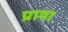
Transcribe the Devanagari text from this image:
प्राया